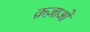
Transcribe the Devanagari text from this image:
क़ज़ाओं